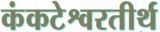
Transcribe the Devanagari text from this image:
कंकटेश्वरतीर्थ